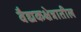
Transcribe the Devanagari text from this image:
वैद्यकक्षेत्रातील